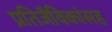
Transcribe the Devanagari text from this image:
प्रतिजैविकांसह